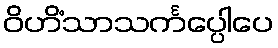
ဝိဟိံသာသင်္ကပ္ပေါပေ